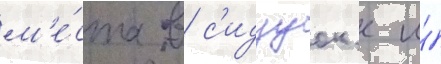
м'е́ста в с'идзуок'е и́